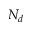
N _ { d }